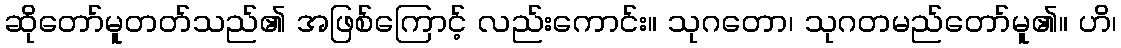
ဆိုတော်မူတတ်သည်၏ အဖြစ်ကြောင့် လည်းကောင်း။ သုဂတော၊ သုဂတမည်တော်မူ၏။ ဟိ၊